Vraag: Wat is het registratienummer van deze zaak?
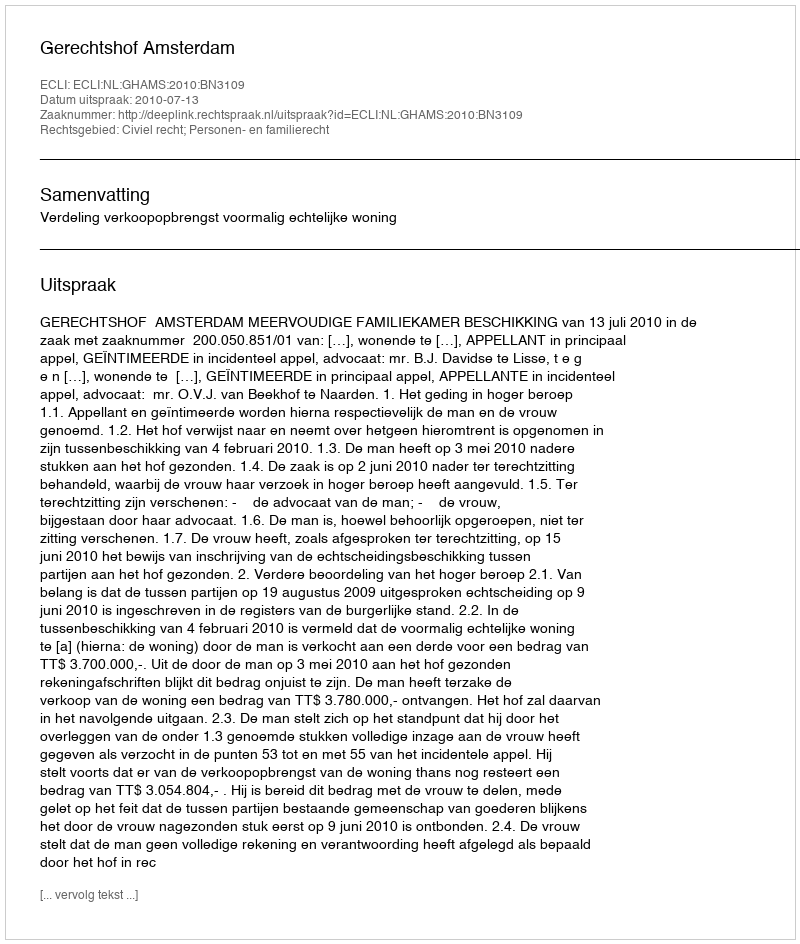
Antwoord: http://deeplink.rechtspraak.nl/uitspraak?id=ECLI:NL:GHAMS:2010:BN3109